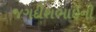
જગદીશભાઈની